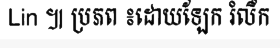
Lin ៕ ប្រភព ៖ដោយឡែក រំលឹក